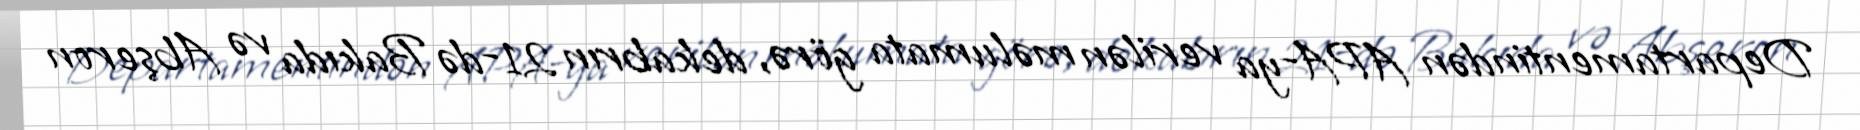
Departamentindən APA-ya verilən məlumata görə, dekabrın 21-də Bakıda və Abşeron